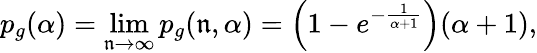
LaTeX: p_{g}(\alpha)=\operatorname*{lim}_{\mathfrak{n}\to\infty}p_{g}(\mathfrak{n},\alpha)=\left(1-e^{-\frac{{1}}{{\alpha+1}}}\right)(\alpha+1),